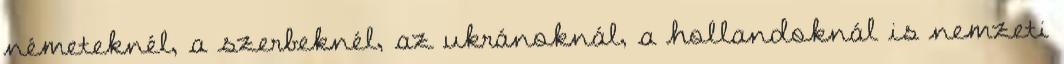
németeknél, a szerbeknél, az ukránoknál, a hollandoknál is nemzeti